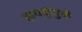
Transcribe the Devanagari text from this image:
हायकूंमुळे